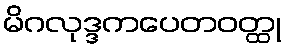
မိဂလုဒ္ဒကပေတဝတ္ထု